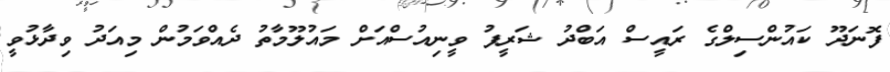
ފޮނަދޫ ކައުންސިލްގެ ރައީސް އަބްދު ޝަރީފު ވީނިއުސްއަށް މައުލޫމާތު ދެއްވަމުން މިއަދު ވިދާޅުވީ